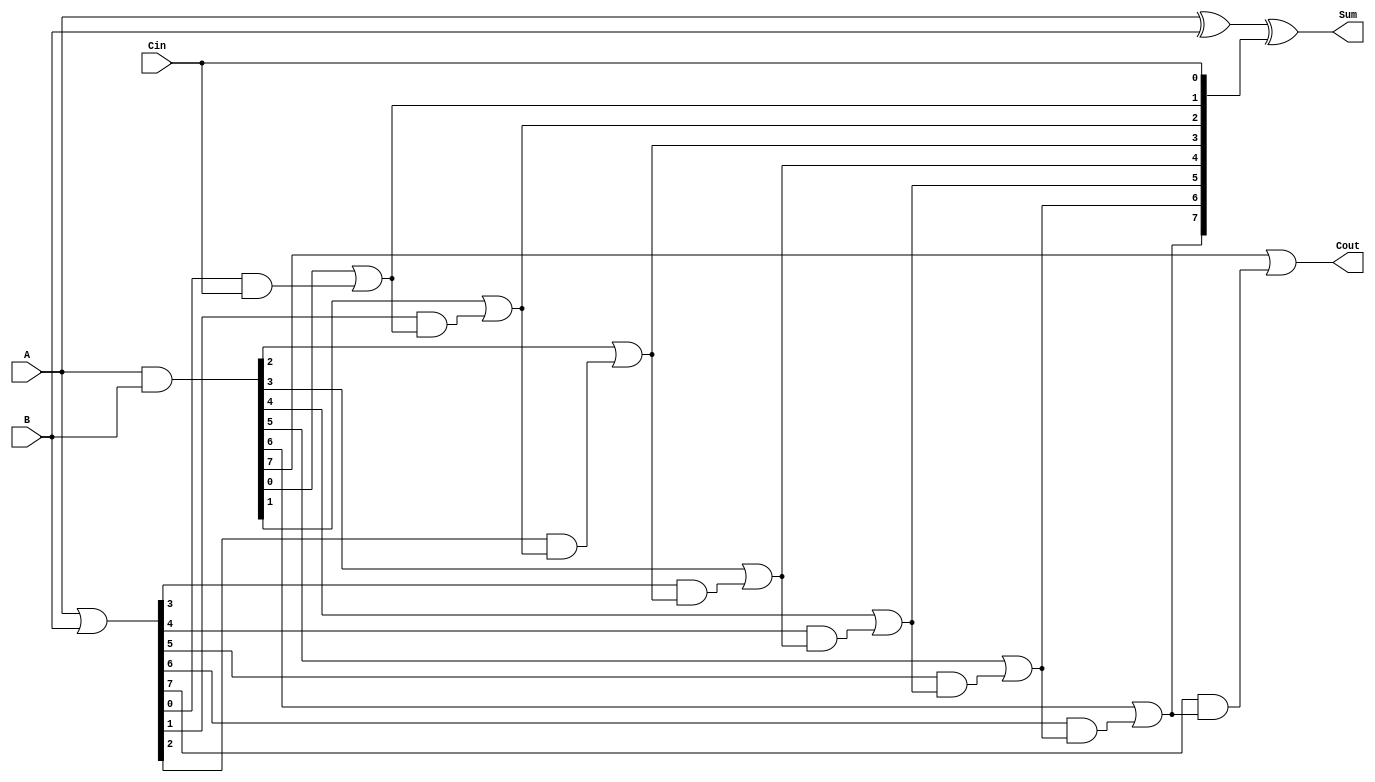
module ManchesterCarryChainAdder #(parameter n = 8) (
    input [n-1:0] A,    // n-bit input A
    input [n-1:0] B,    // n-bit input B
    input Cin,          // Carry-in
    output [n-1:0] Sum, // n-bit output Sum
    output Cout         // Carry-out
);

    wire [n-1:0] G;     // Generate signals
    wire [n-1:0] P;     // Propagate signals
    wire [n:0] C;       // Carry signals (C[0] = Cin)

    // Generate and Propagate logic
    assign G = A & B;   // Generate
    assign P = A | B;   // Propagate

    // Carry logic
    assign C[0] = Cin;  // Initial carry-in
    genvar i;
    generate
        for (i = 0; i < n; i = i + 1) begin : carry_chain
            assign C[i+1] = G[i] | (P[i] & C[i]);
        end
    endgenerate

    // Sum calculation
    assign Sum = A ^ B ^ C[n-1:0]; // Sum = A XOR B XOR Carry

    // Final carry-out
    assign Cout = C[n]; // Carry-out from the most significant bit

endmodule